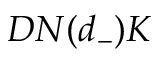
D N ( d _ { - } ) K